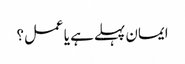
ایمان پہلے ہے یا عمل؟